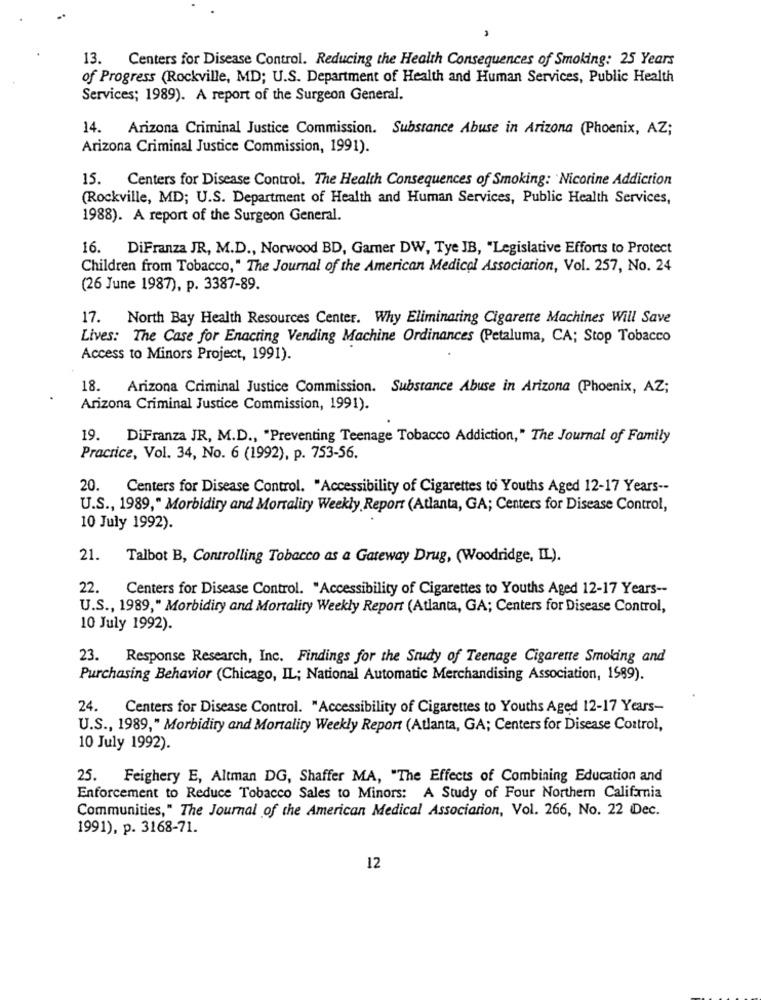
13. Centers for Disease Control. Reducing the Health Consequences of Smoking: 25 Years
of Progress (Rockville, MD; U.S. Department of Health and Human Services, Public Health
Services; 1989). A report of the Surgeon General.
14. Arizona Criminal Justice Commission. Substance Abuse in Arizona (Phoenix, AZ;
Arizona Criminal Justice Commission, 1991).
15. Centers for Disease Control. The Health Consequences of Smoking: Nicorine Addiction
(Rockville, MD; U.S. Department of Health and Human Services, Public Health Services,
1988). A report of the Surgeon General.
16. DiFranza JR, M.D ., Norwood BD, Gamer DW, Tye JB, "Legislative Efforts to Protect
Children from Tobacco," The Journal of the American Medical Association, Vol. 257, No. 24
(26 June 1987), p. 3387-89.
17.
North Bay Health Resources Center. Why Eliminating Cigarette Machines Will Save
Lives: The Case for Enacting Vending Machine Ordinances (Petaluma, CA; Stop Tobacco
Access to Minors Project, 1991).
18. Arizona Criminal Justice Commission. Substance Abuse in Arizona (Phoenix, AZ;
Arizona Criminal Justice Commission, 1991).
19. DiFranza JR, M.D ., "Preventing Teenage Tobacco Addiction," The Journal of Family
Practice, Vol. 34, No. 6 (1992), p. 753-56.
20. Centers for Disease Control. "Accessibility of Cigarettes to Youths Aged 12-17 Years --
U.S ., 1989," Morbidiry and Mortality Weekly Report (Atlanta, GA; Centers for Disease Control,
10 July 1992).
21.
Talbot B, Controlling Tobacco as a Gateway Drug, (Woodridge, IL).
22.
Centers for Disease Control. "Accessibility of Cigarettes to Youths Aged 12-17 Years --
U.S ., 1989," Morbidiry and Mortality Weekly Report (Atlanta, GA; Centers for Disease Control,
10 July 1992).
23. Response Research, Inc. Findings for the Study of Teenage Cigarette Smoking and
Purchasing Behavior (Chicago, IL; National Automatic Merchandising Association, 1989).
24.
Centers for Disease Control. "Accessibility of Cigarettes to Youths Aged 12-17 Years-
U.S ., 1989," Morbidiry and Mortality Weekly Report (Atlanta, GA; Centers for Disease Control,
10 July 1992).
25. Feighery E, Altman DG, Shaffer MA, "The Effects of Combining Education and
Enforcement to Reduce Tobacco Sales to Minors: A Study of Four Northern California
Communities," The Journal of the American Medical Association, Vol. 266, No. 22 Dec.
1991), p. 3168-71.
12